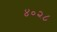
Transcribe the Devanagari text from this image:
४०२८